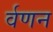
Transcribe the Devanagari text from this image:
र्वणन